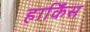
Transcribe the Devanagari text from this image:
हार्किंस